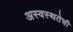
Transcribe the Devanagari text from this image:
अस्वस्थतेची